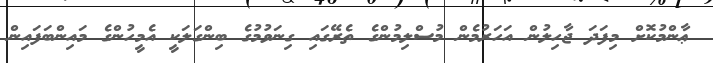
ޢާންމުކޮށް މިފަދަ ޖާހިލުން އަހަރުމެން މުސްލިމުންގެ ތެރޭގައި ގިނަވުމުގެ ބިންގަލަކީ އެމީހުންގެ މައިންބަފައިން